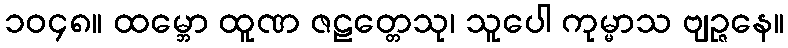
၁၀၄၈။ ထမ္ဘော ထူဏ ဇဠတ္တေသု၊ သူပေါ ကုမ္မာသ ဗျဉ္ဇနေ။